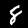
Label: 8